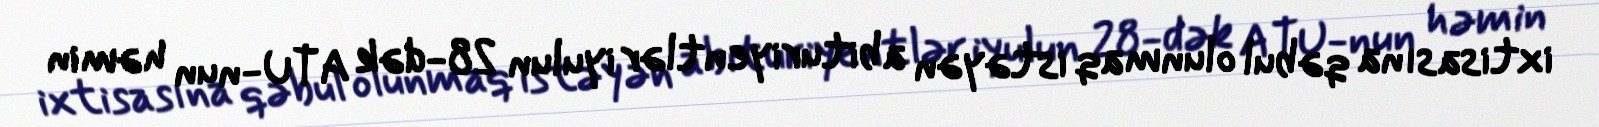
ixtisasına qəbul olunmaq istəyən abituriyentlər iyulun 28-dək ATU-nun həmin